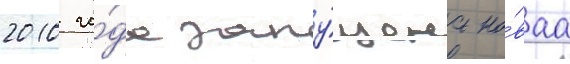
2010 го́да запу́щена но́ваа